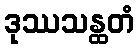
ဒုဿသန္ထတံ